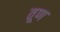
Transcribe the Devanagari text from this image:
तूण